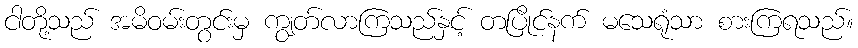
ငါတို့သည် အမိဝမ်းတွင်းမှ ကျွတ်လာကြသည်နှင့် တပြိုင်နက် မသေရုံသာ စားကြရသည်။